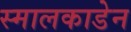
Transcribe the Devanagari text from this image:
स्मालकाडेन